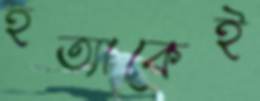
হত্যাকেই